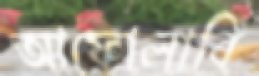
আফোলাবি